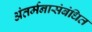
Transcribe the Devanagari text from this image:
अंतर्मनासंबंधित